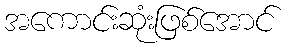
အကောင်းဆုံးဖြစ်အောင်